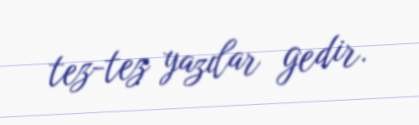
tez-tez yazılar gedir.